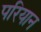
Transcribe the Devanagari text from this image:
परियान